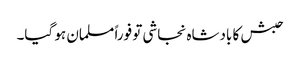
حبش کا بادشاہ نجاشی تو فوراً مسلمان ہو گیا۔